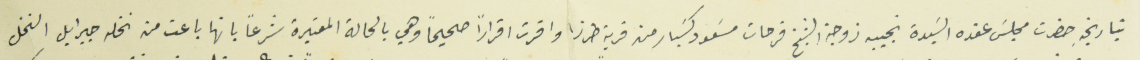
بتاريخهِ حضرت مجلسَ عقده السِيدة نجيبة زوجه الشيخ فرحات مسَعود كسَبار من قرية طرزا واقرت اقراراً صحيحاً وهي بالحالة المعتبرة شرعاً بانها باعت من نخله جبرايل النخل